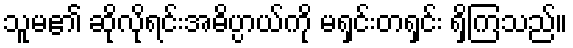
သူမ၏ ဆိုလိုရင်းအဓိပ္ပာယ်ကို မရှင်းတရှင်း ရှိကြသည်။